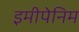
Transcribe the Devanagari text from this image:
इमीपेनिम